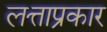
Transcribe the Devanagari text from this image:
लत्ताप्रकार